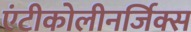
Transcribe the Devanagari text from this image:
एंटीकोलीनर्जिक्स